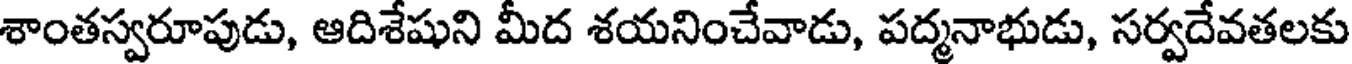
శాంతస్వరూపుడు, ఆదిశేషుని మీద శయనించేవాడు, పద్మనాభుడు, సర్వదేవతలకు